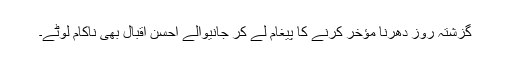
گزشتہ روز دھرنا مؤخر کرنے کا پیغام لے کر جانیوالے احسن اقبال بھی ناکام لوٹے۔